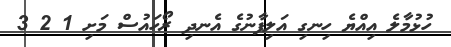
ހުޅުމާލެ އިއްޔެ ހިނގި އަލިފާނުގެ އެނދި ރޯހައުސް މަށި 1 2 3